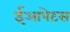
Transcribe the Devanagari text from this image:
ईआपेटस